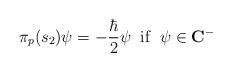
LaTeX: \begin{align*}\pi_p(s_2)\psi =-\frac {\hbar}2\psi\;\;{\rm i}{\rm f}\;\;\psi\in {\bf C}^{-}\end{align*}